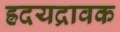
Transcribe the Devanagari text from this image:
ह्रदयद्रावक